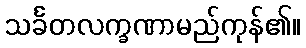
သင်္ခတလက္ခဏာမည်ကုန်၏။